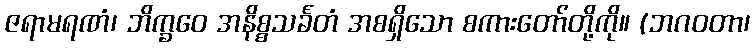
ဇရာမရဏံ၊ ဘိက္ခဝေ အနိစ္စသင်္ခတံ အစရှိသော စကားတော်တို့ကို။ (ဘဂဝတာ၊